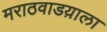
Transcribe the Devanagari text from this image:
मराठवाडय़ाला